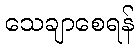
သေချာစေရန်